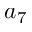
a _ { 7 }